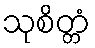
သုစိတ္တံ